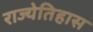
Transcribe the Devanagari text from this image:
राज्येतिहास